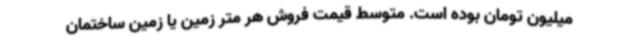
میلیون تومان بوده است. متوسط قیمت فروش هر متر زمین یا زمین ساختمان